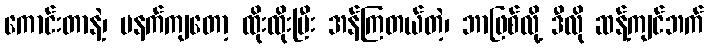
ကောင်းတာနဲ့၊ မနက်ကျတော့ ထိုးထိုးပြီး အန်ကြတယ်တဲ့၊ ဘာဖြစ်လို့ ဒီလို ဆန့်ကျင်ဘက်